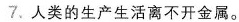
7.人类的生产生活离不开金属。